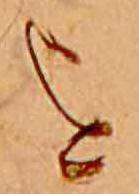
を